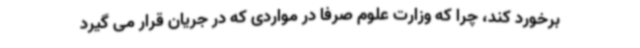
برخورد کند، چرا که وزارت علوم صرفا در مواردی که در جریان قرار می گیرد